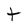
Character: t